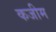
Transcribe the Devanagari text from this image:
कजीम